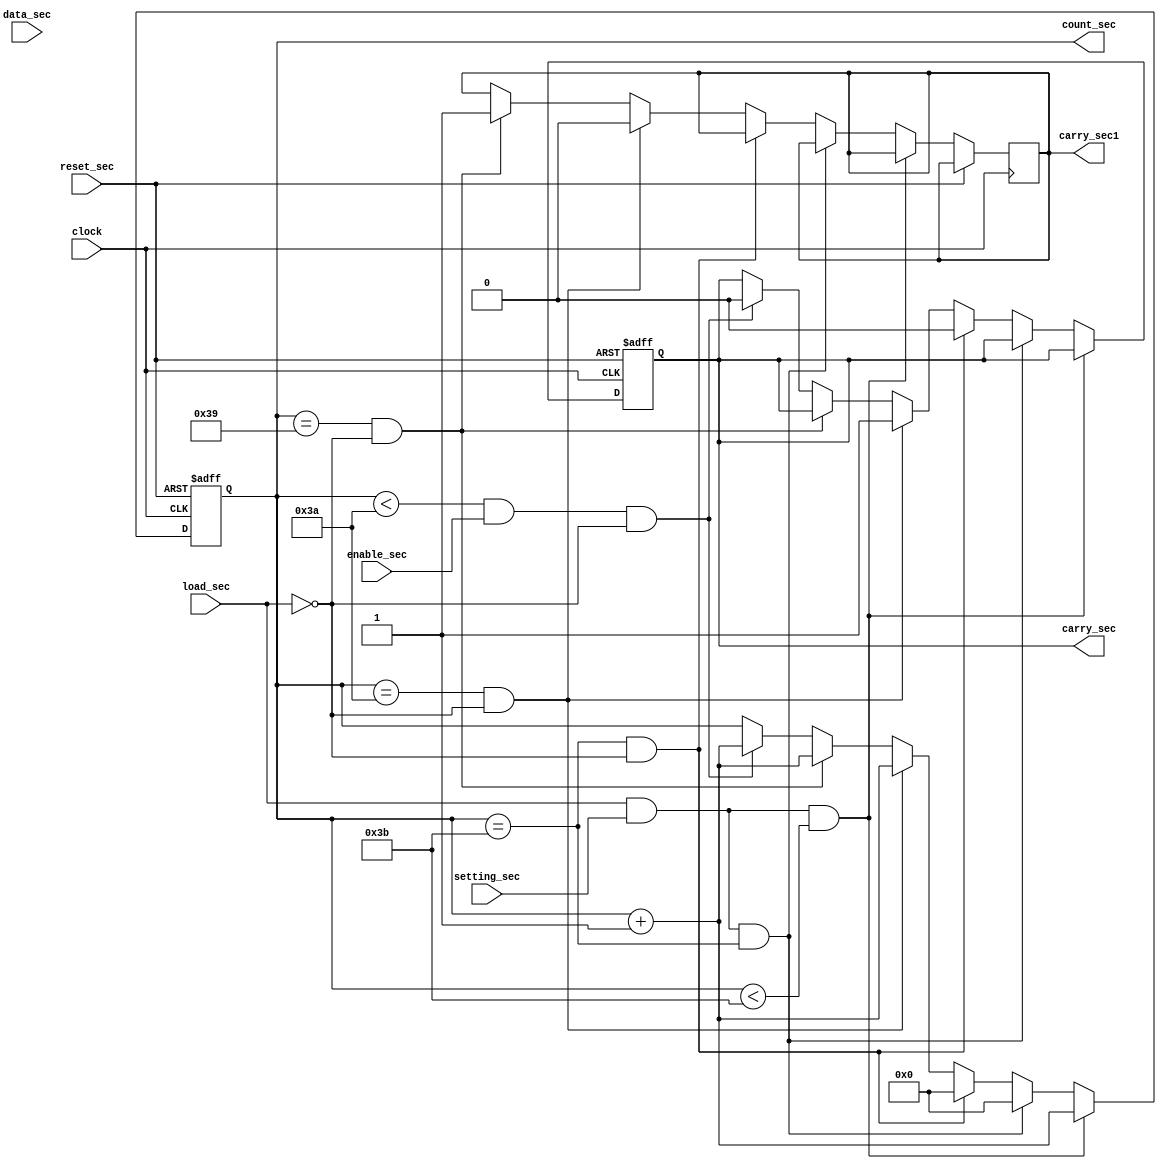
`timescale 1ns / 1ps
//////////////////////////////////////////////////////////////////////////////////
// Company: 
// Engineer: 
// 
// Design Name: 
// Module Name: counter_sec
// Project Name: 
// Target Devices: 
// Tool Versions: 
// Description: 
// 
// Dependencies: 
// 
// Revision:
// Revision 0.01 - File Created
// Additional Comments:
// 
//////////////////////////////////////////////////////////////////////////////////

module counter_sec(
    input clock,                    // clock from FPGA (50MHz) through Frequency Divider : ( 50MHz ) / ( 2^24) = 2.98 Hz
    input enable_sec,
    input reset_sec,
    input load_sec,                 // load data mode
	input setting_sec,              // press FPGA buttom to trigger loading sec data     
    input [5:0] data_sec,           // sec data  6'd0 ~ 6'b59
    output reg [5:0]count_sec,      //  output sec 6'd0 ~ 6'b59
	output reg carry_sec,           // control signal for module counter_min:  enable min+1
	output reg carry_sec1           // control signal for module counter_min:  00:59:59 -> 01:00:00
);
    
	 
     always @ (posedge clock or posedge reset_sec )
        begin
            if (reset_sec)begin
                count_sec<=6'b000000;
				carry_sec<=1'b0;
			end				
		     
		    else if (load_sec && setting_sec && count_sec<6'd59 ) begin            //  press buttom : load +1 = sec +1
			     count_sec<=count_sec+1;	
			end
			  
			else if (load_sec && setting_sec && count_sec==6'd59 ) begin           // press buttom: load  sec +1 = 59 -> 00
			     count_sec<=6'b000000;	
			end	
           
            else if (count_sec==6'd59 && load_sec==0 ) begin                       // sec 59 -> 00 , carry =1 for min+1
		         count_sec<=6'b000000;
				 carry_sec<=1'b0;                                                  // disable counter_min +1                   
			end	
			
		    else if (count_sec==6'd58 && load_sec==0) begin	
                 count_sec<=count_sec+1;	                                        // 58 -> 59
				 carry_sec1<=1'b0;                                                  // disable carry_min for 00:59:59 -> 01:00:00
				 carry_sec<=1'b1;                                                   // enable counter_min +1
			end			
			
			else if (count_sec==6'd57 && load_sec==0) begin	
			      count_sec<=count_sec+1;                                            // 57 -> 58
                  carry_sec1<=1'b1;                                                  // enable carry_min for 00:59:59 -> 01:00:00                  
			end			
			
			else if (count_sec<6'd58 && enable_sec && load_sec==0) begin             // counter_sec + 1
		          count_sec<=count_sec+1;
				  carry_sec<=1'b0;                                                   // disable counter_min +1   
			end	
			
		end		
endmodule